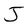
Character: J